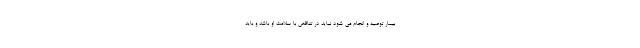
بیمار توصیه و انجام می شود نباید در تناقض با سلامت او باشد و باید